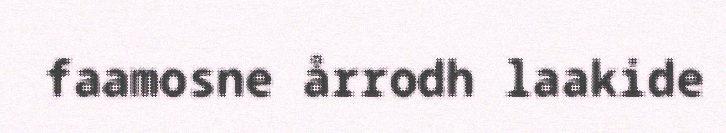
faamosne årrodh laakide